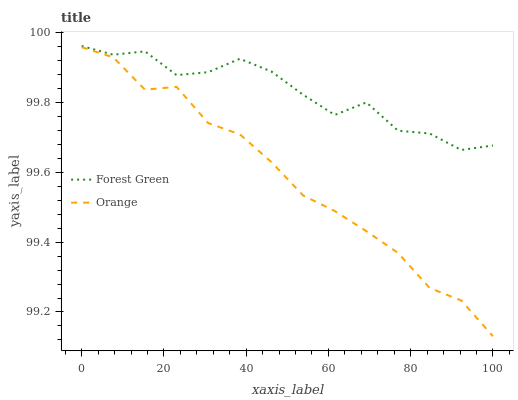
| xaxis_label | Forest Green | Orange |
 | --- | --- | --- |
 | 0 | 100 | 100 |
 | 7.69 | 99.9 | 99.9 |
 | 15.4 | 99.9 | 99.8 |
 | 23.1 | 99.9 | 99.8 |
 | 30.8 | 99.9 | 99.7 |
 | 38.5 | 99.9 | 99.7 |
 | 46.2 | 99.9 | 99.6 |
 | 53.8 | 99.8 | 99.5 |
 | 61.5 | 99.8 | 99.5 |
 | 69.2 | 99.8 | 99.4 |
 | 76.9 | 99.7 | 99.4 |
 | 84.6 | 99.7 | 99.3 |
 | 92.3 | 99.7 | 99.2 |
 | 100 | 99.7 | 99.1 |